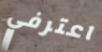
اعترفي